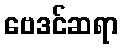
ဗေဒင်ဆရာ